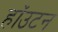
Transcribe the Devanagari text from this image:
हॉउटन